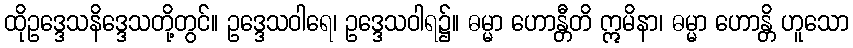
ထိုဥဒ္ဒေသနိဒ္ဒေသတို့တွင်။ ဥဒ္ဒေသဝါရေ၊ ဥဒ္ဒေသဝါရ၌။ ဓမ္မာ ဟောန္တီတိ ဣမိနာ၊ ဓမ္မာ ဟောန္တိ ဟူသော